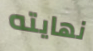
نهايته